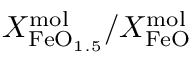
X _ { \mathrm { F e O } _ { 1 . 5 } } ^ { \mathrm { m o l } } / X _ { \mathrm { F e O } } ^ { \mathrm { m o l } }